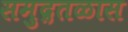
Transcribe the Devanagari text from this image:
समुद्रतळास